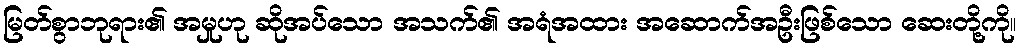
မြတ်စွာဘုရား၏ အမှုဟု ဆိုအပ်သော အသက်၏ အရံအထား အဆောက်အဦးဖြစ်သော ဆေးတို့ကို။